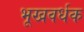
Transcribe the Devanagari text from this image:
भूखवर्धक